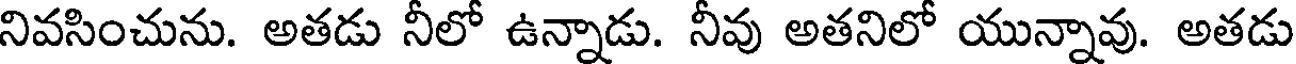
నివసించును. అతడు నీలో ఉన్నాడు. నీవు అతనిలో యున్నావు. అతడు